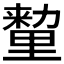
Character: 𰼛